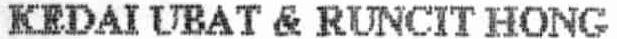
KEDAI UBAT & RUNCIT HONG